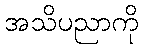
အသိပညာကို